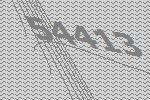
54413